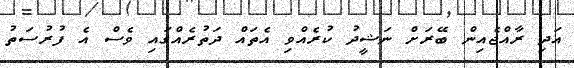
އަދި ރާއްޖެއިން ބޭރަށް ނަޝީދު ކުރެއްވި އެތައް ދަތުރެއްގައި ވެސް އެ ފުރުސަތު